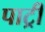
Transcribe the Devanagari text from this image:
पाट्री